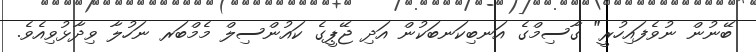
ބޭނުން ނުވެފައިހުރީ" ގާސިމްގެ އަނބިކަނބަކުން އަދި ޖޭޕީގެ ކައުންސިލް މެމްބަރ ނަހުލާ ވިދާޅުވިއެވެ.